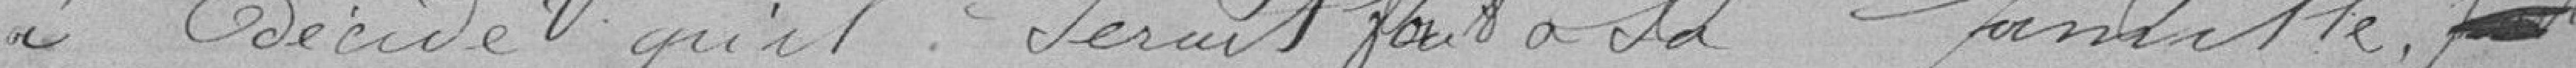
a décidé qu'il serait fait à sa famille,